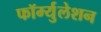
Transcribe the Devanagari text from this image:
फॉर्म्युलेशन